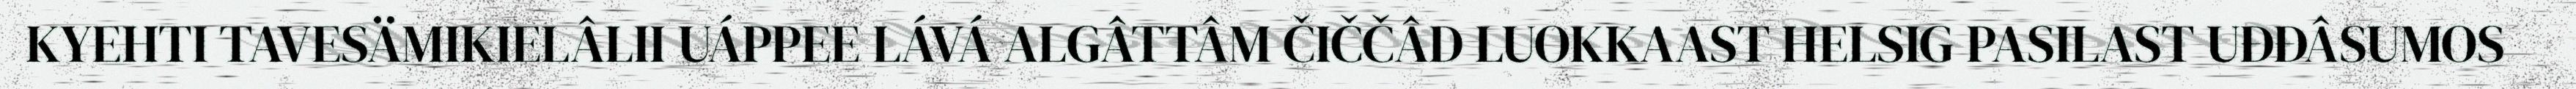
KYEHTI TAVESÄMIKIELÂLII UÁPPEE LÁVÁ ALGÂTTÂM ČIČČÂD LUOKKAAST HELSIG PASILAST UĐĐÂSUMOS